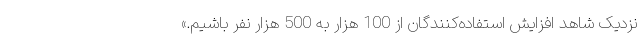
نزدیک شاهد افزایش استفاده‌کنندگان از 100 هزار به 500 هزار نفر باشیم.»